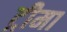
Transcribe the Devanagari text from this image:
ट्रीमा